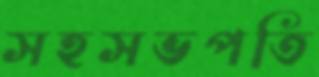
সহসভপতি